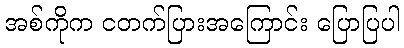
အစ်ကိုက ငတက်ပြားအကြောင်း ပြောပြပါ